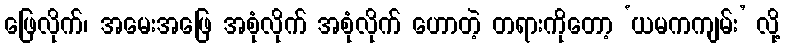
ဖြေလိုက်၊ အမေးအဖြေ အစုံလိုက် အစုံလိုက် ဟောတဲ့ တရားကိုတော့ ‘ယမကကျမ်း’ လို့